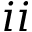
i i